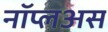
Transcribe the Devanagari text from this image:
नॉप्लअस